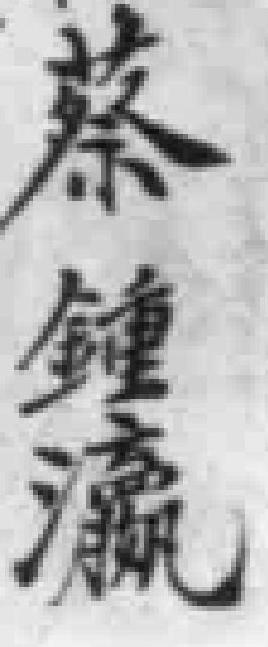
蔡鍾瀛